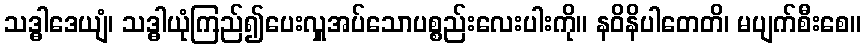
သဒ္ဓါဒေယျံ၊ သဒ္ဓါယုံကြည်၍ပေးလှူအပ်သောပစ္စည်းလေးပါးကို။ နဝိနိပါတေတိ၊ မပျက်စီးစေ။